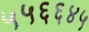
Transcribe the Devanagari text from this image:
५५६६४५